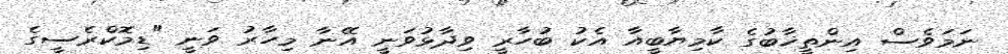
ނަމަވެސް އިންތީޚާބުގެ ކާމިޔާބީއާ އެކު ބުހާރީ ވިދާޅުވަނީ އޭނާ މިހާރު ވަނީ "ޑިމޮކްރެސީގެ